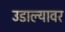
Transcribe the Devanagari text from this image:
उडाल्यावर